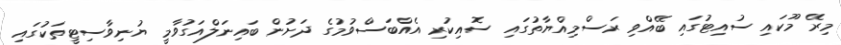
މިރޭ މޫކައި ސުއިޓުގައި ބޭއްވި ރަސްމިއްޔާތުގައި ސޮއިކުރި އެއްބަސްވުމުގެ ދަށުން ބައިނަލްއަގުވާމީ ޔުނިވާސިޓީތަކުގައި